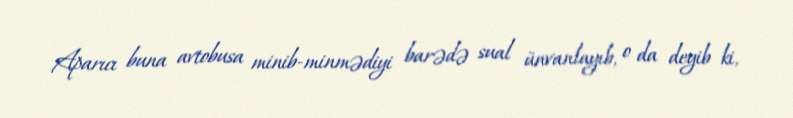
Aparıcı buna avtobusa minib-minmədiyi barədə sual ünvanlayıb, o da deyib ki,